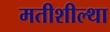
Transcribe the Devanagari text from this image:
मतीशील्था